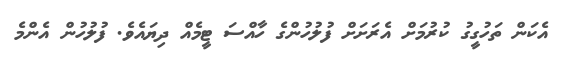
އެކަން ތަހުގީގު ކުރުމަށް އެރަށަށް ފުލުހުންގެ ހާއްސަ ޓީމެއް ދިޔައެވެ. ފުލުހުން އެންމެ